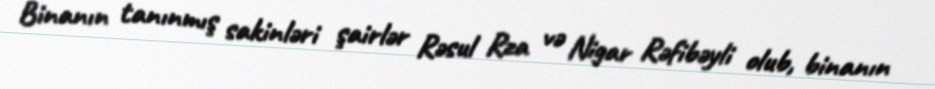
Binanın tanınmış sakinləri şairlər Rəsul Rza və Nigar Rəfibəyli olub, binanın